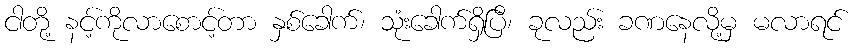
ငါတို့ နင့်ကိုလာစောင့်တာ နှစ်ခေါက်၊ သုံးခေါက်ရှိပြီ၊ ခုလည်း ခဏနေလို့မှ မလာရင်